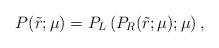
LaTeX: \begin{align*}P(\tilde{r};\mu) = P_L \left( P_R(\tilde{r};\mu); \mu \right),\end{align*}